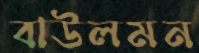
বাউলমন